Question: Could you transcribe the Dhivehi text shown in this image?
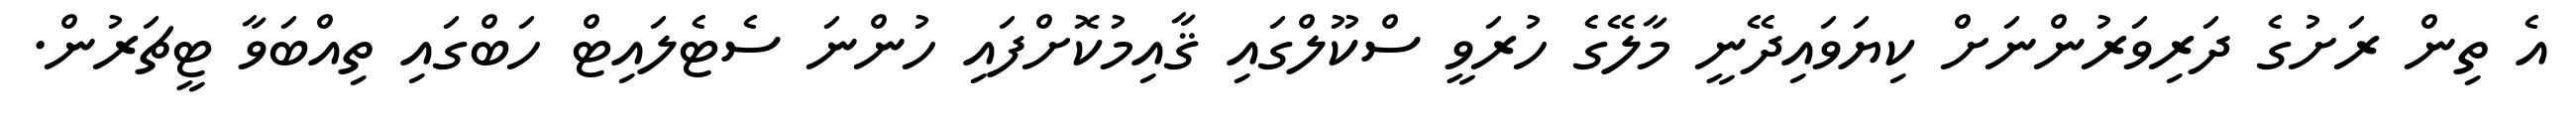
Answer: އެ ތިން ރަށުގެ ދަރިވަރުންނަށް ކިޔަވައިދޭނީ މާލޭގެ ހުރަވީ ސްކޫލްގައި ޤާއިމުކޮށްފައި ހުންނަ ސެޓެލައިޓް ހަބްގައި ތިއްބަވާ ޓީޗަރުން.